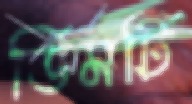
ডিমটি